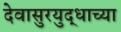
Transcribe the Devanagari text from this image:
देवासुरयुद्धाच्या